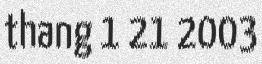
thang 1 21 2003